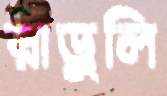
রাড়ুলি